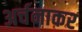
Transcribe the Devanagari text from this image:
अर्चनाकर